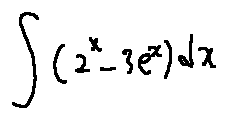
\int ( 2 ^ { x } - 3 e ^ { x } ) d x